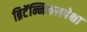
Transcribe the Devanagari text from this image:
ब्रिटॅन्निकसपेक्षा